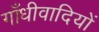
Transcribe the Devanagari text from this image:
गाँधीवादियों